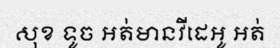
សុខ ទូច អត់មានវីដេអូ អត់